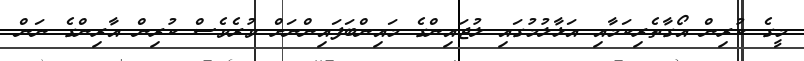
މީގެ ކުރިން އޯގާތެރިކަމާއި އަޅާލުމުގައި ލުޖައިންގެ މައިންބަފައިންނަށް ވުރެވެސް ކުރިން އާރިންގެ ނަން